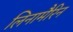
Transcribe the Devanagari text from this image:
लिनामैरिन